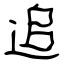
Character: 追